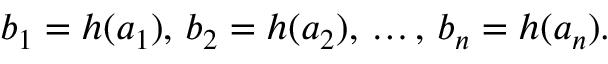
b _ { 1 } = h ( a _ { 1 } ) , \, b _ { 2 } = h ( a _ { 2 } ) , \, \dots , \, b _ { n } = h ( a _ { n } ) .